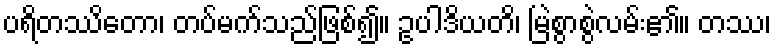
ပရိတဿိတော၊ တပ်မက်သည်ဖြစ်၍။ ဥပါဒိယတိ၊ မြဲစွာစွဲလမ်း၏။ တဿ၊